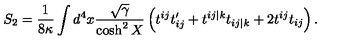
S _ { 2 } = \frac { 1 } { 8 \kappa } \int d ^ { 4 } x \frac { \sqrt { \gamma } } { \cosh ^ { 2 } X } \left( t ^ { i j } t _ { i j } ^ { \prime } + t ^ { i j \vert k } t _ { i j \vert k } + 2 t ^ { i j } t _ { i j } \right) .